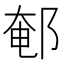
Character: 䣍